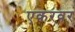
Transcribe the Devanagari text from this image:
एकरवर